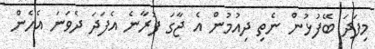
މިފަދަ ބޭފުޅުން ނެތި ދިއުމުން އެ ޖާގަ ފުރާނެ އެފަަދަ ދެވަނަ އެހެން